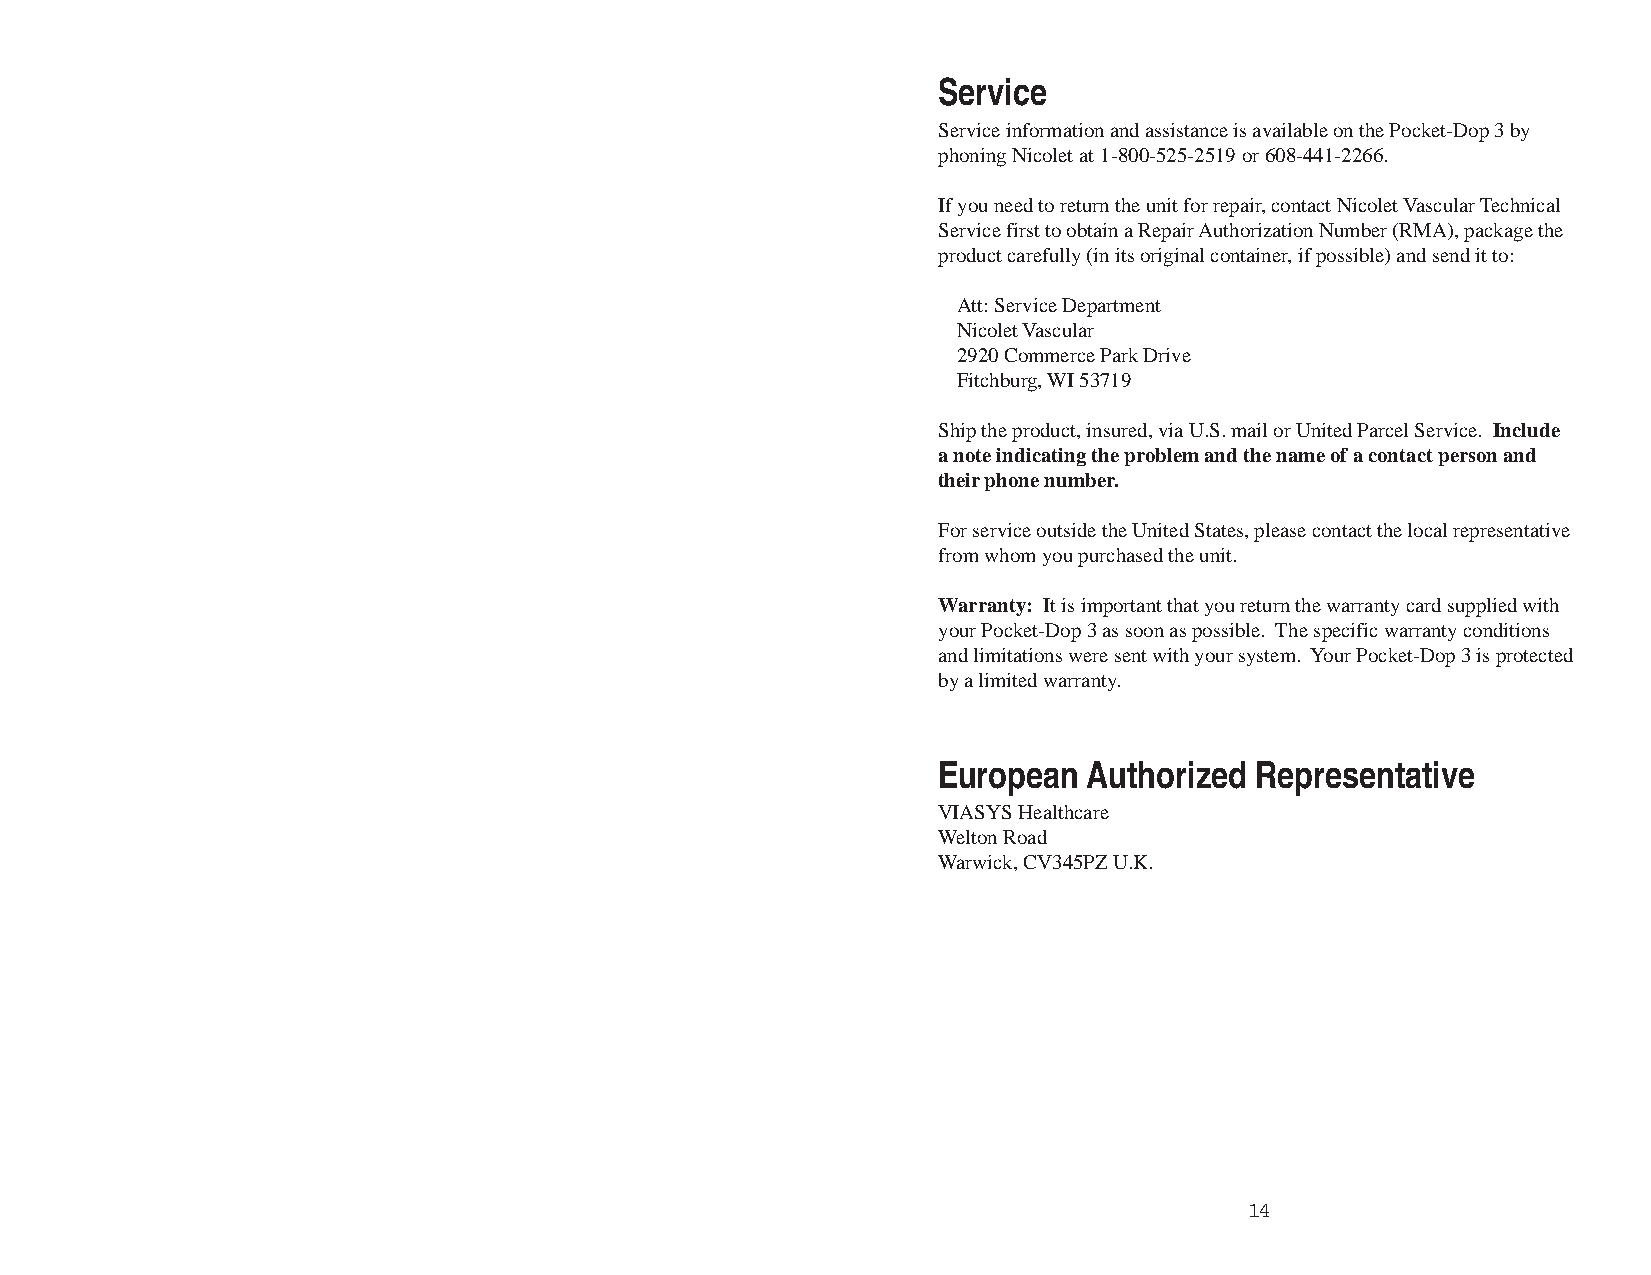
Service
 Service information and assistance is available on the Pocket-Dop 3 by
 phoning Nicolet at 1-800-525-2519 or 608-441-2266.
 If you need to return the unit for repair, contact Nicolet Vascular Technical
 Service first to obtain a Repair Authorization Number (RMA), package the
 product carefully (in its original container, if possible) and send it to:
 Att: Service Department
 Nicolet Vascular
 2920 Commerce Park Drive
 Fitchburg, WI 53719
 Ship the product, insured, via U.S. mail or United Parcel Service. Include
 a note indicating the problem and the name of a contact person and
 their phone number.
 For service outside the United States, please contact the local representative
 from whom you purchased the unit.
 Warranty: It is important that you return the warranty card supplied with
 your Pocket-Dop 3 as soon as possible. The specific warranty conditions
 and limitations were sent with your system. Your Pocket-Dop 3 is protected
 by a limited warranty.
 European  Authorized Representative
 VIASYS Healthcare
 Welton Road
 Warwick, CV345PZ U.K.
 14